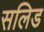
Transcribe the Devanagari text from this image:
सलिड